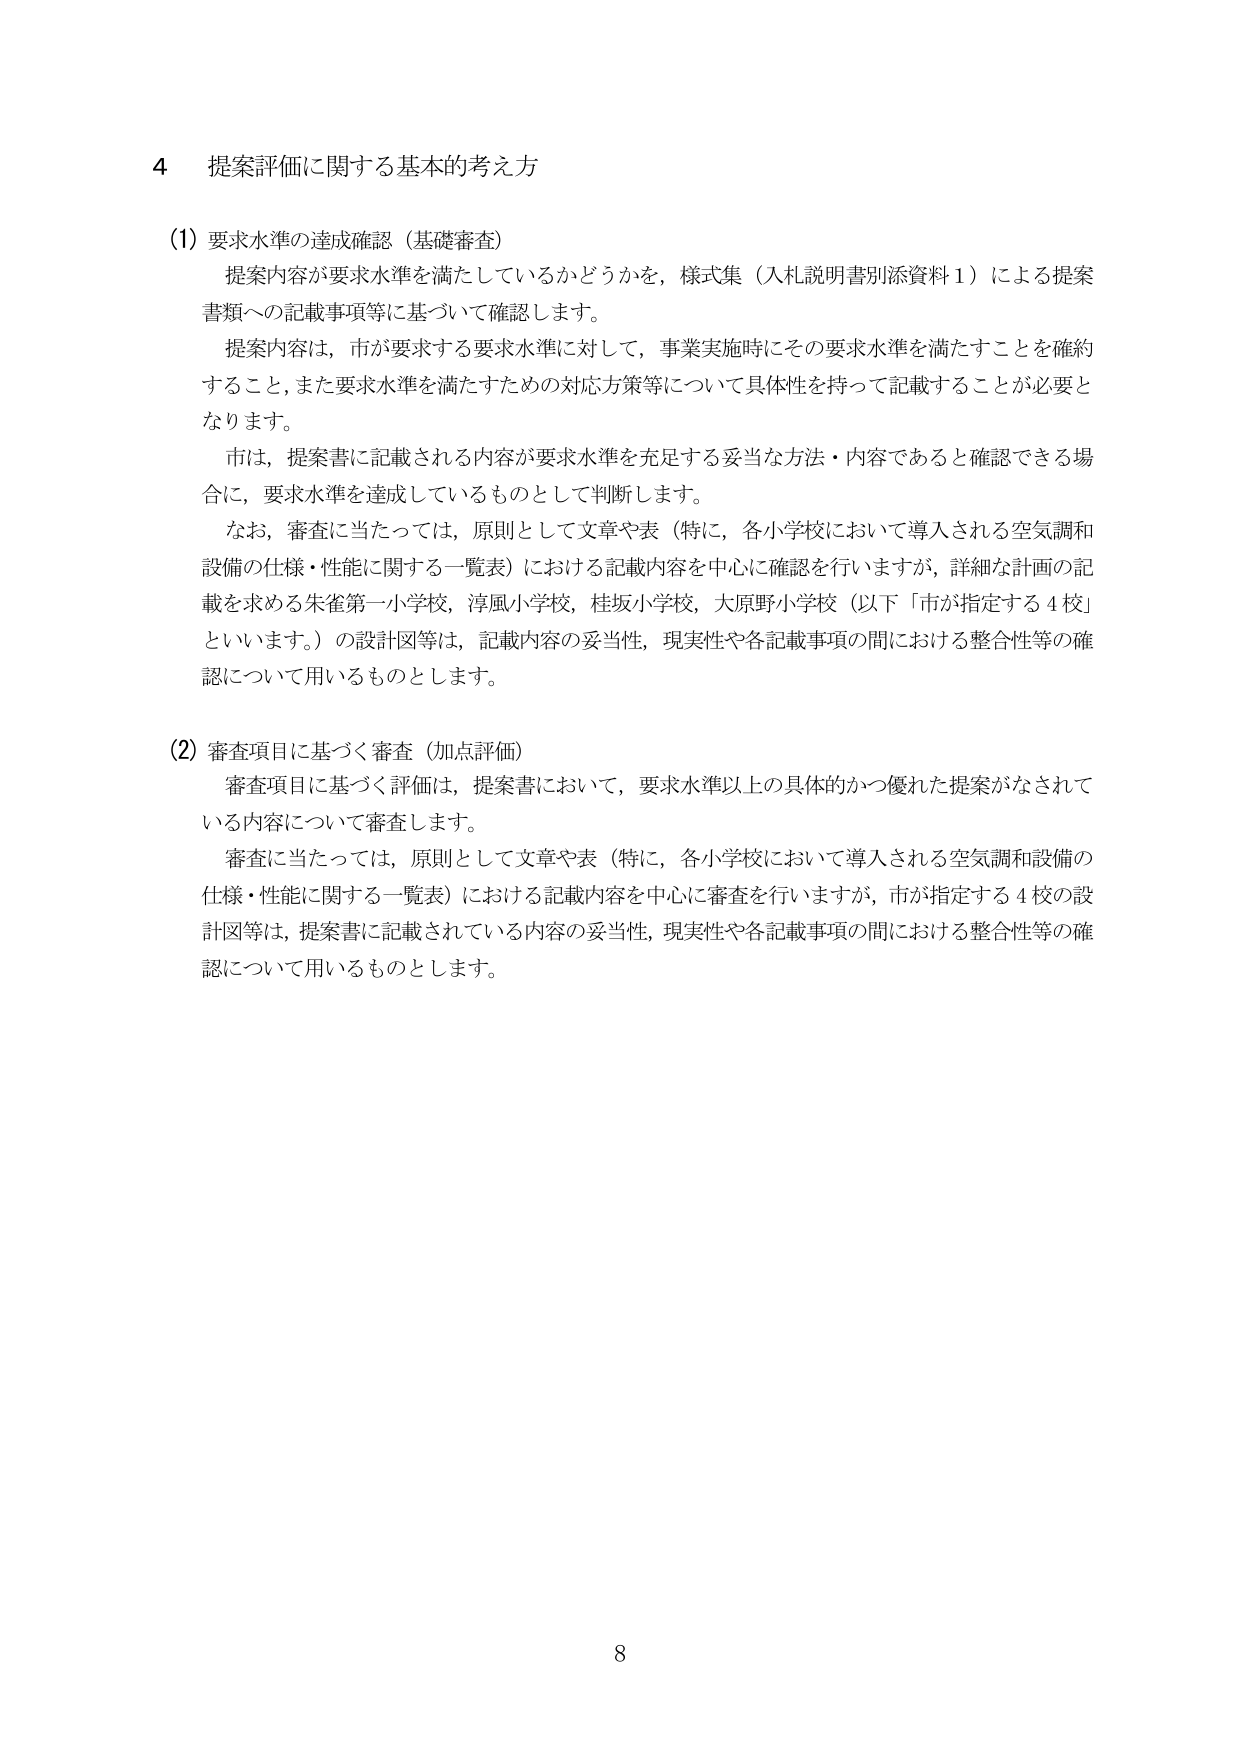
4 提案評価に関する基本的考え方

(1) 要求水準の達成確認（基礎審査）
提案内容が要求水準を満たしているかどうかを，様式集（入札説明書別添資料1）による提案書類への記載事項等に基づいて確認します。
提案内容は，市が要求する要求水準に対して，事業実施時にその要求水準を満たすことを確約すること，また要求水準を満たすための対応方策等について具体性を持って記載することが必要となります。
市は，提案書に記載される内容が要求水準を充足する妥当な方法・内容であると確認できる場合に，要求水準を達成しているものとして判断します。
なお，審査に当たっては，原則として文章や表（特に，各小学校において導入される空気調和設備の仕様・性能に関する一覧表）における記載内容を中心に確認を行いますが，詳細な計画の記載を求める朱雀第一小学校，淳風小学校，桂坂小学校，大原野小学校（以下「市が指定する4校」といいます。）の設計図等は，記載内容の妥当性，現実性や各記載事項の間における整合性等の確認について用いるものとします。

(2) 審査項目に基づく審査（加点評価）
審査項目に基づく評価は，提案書において，要求水準以上の具体的かつ優れた提案がなされている内容について審査します。
審査に当たっては，原則として文章や表（特に，各小学校において導入される空気調和設備の仕様・性能に関する一覧表）における記載内容を中心に審査を行いますが，市が指定する4校の設計図等は，提案書に記載されている内容の妥当性，現実性や各記載事項の間における整合性等の確認について用いるものとします。

8